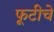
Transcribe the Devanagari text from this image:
फूटीचे